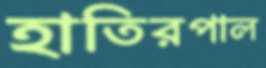
হাতিরপাল